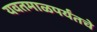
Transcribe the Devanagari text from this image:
यवतमाळपर्यंतचे